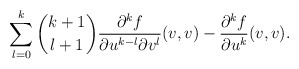
\begin{align*} \sum_{l=0}^k\binom{k+1}{l+1}\frac{\partial^kf}{\partial u^{k-l}\partial v^l}(v,v)-\frac{\partial^kf}{\partial u^k}(v,v).\end{align*}